Vaccination in Bombay 1863-1868 - 1863-1868
Year: 1863
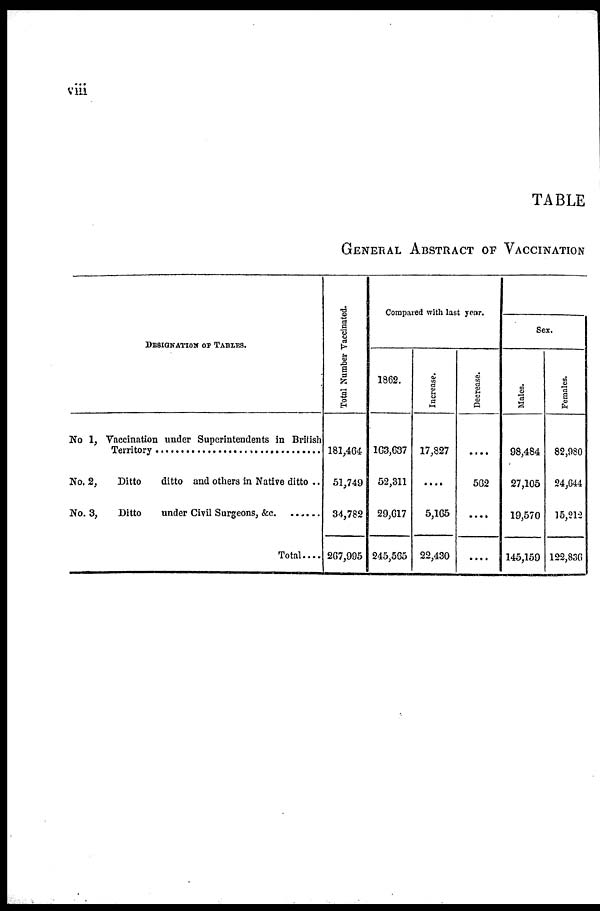
viii
TABLE
GENERAL ABSTRACT OF VACCINATION
DESIGNATION OF TABLES.
No 1, Vaccination under Superintendents in British
Territory ...................................................
No. 2,
Ditto
ditto and others in Native ditto ..
No. 2, Ditto under Civil Surgeons, &c. .......
Total....
Total Number Vaccinated.
181,464
51,749
34,782
267,995
Compared with last year.
1862.
163,637
52,311
29,617
245,565
Increase.
17,827
....
5,165
22,430
Decrease.
....
562
....
....
Sex.
Males.
98,484
27,105
19,570
145,159
Females.
82,980
24,644
15,212
122,836